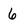
Character: 6